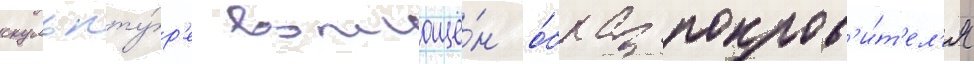
скульпту́р'е воплощё́н о́браз покров'и́т'ел'я